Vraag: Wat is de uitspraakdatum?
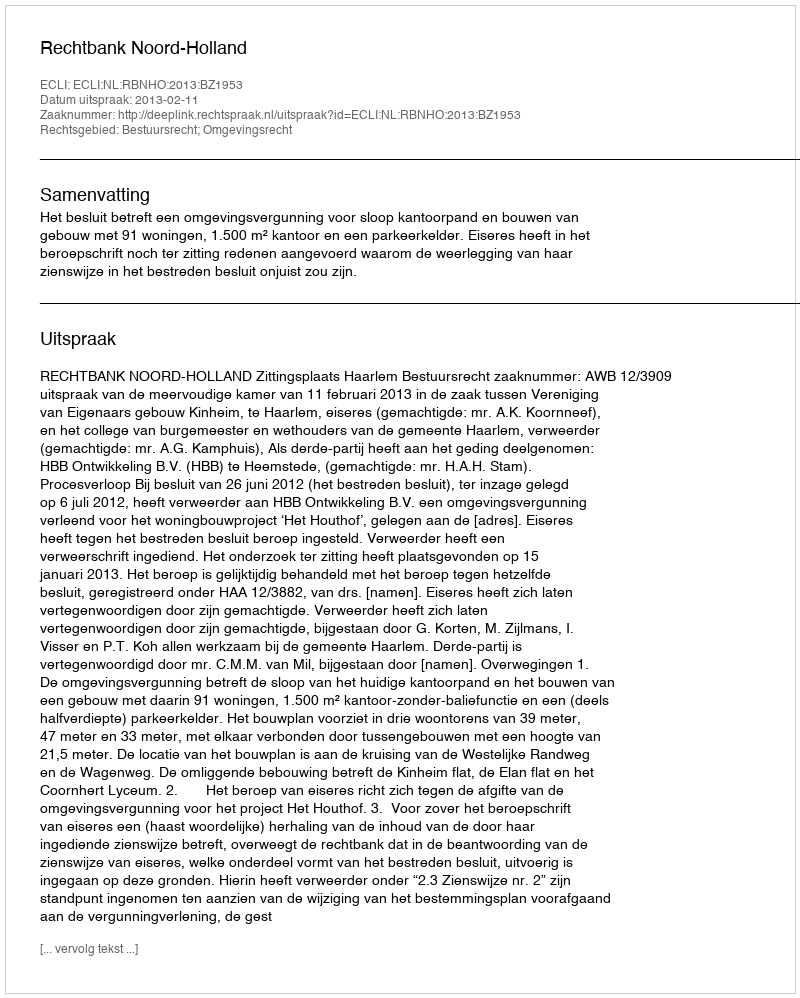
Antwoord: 2013-02-11